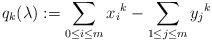
LaTeX: \begin{align*}q_k(\lambda):=\sum_{0\leq i\leq m}{x_i}^{k}-\sum_{1\leq j\leq m}{y_j}^{k}\end{align*}